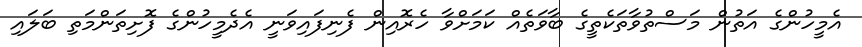
އެމީހުންގެ އަތުން މަސްތުވާތަކެތީގެ ބާވަތެއް ކަމަށްވާ ހެރޮއިން ފެނިފައިވަނީ އެދެމީހުންގެ ފޮށިތަންމަތި ބަލައި